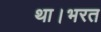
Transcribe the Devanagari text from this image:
था।भरत